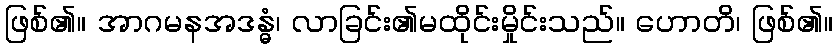
ဖြစ်၏။ အာဂမနအဒန္ဓံ၊ လာခြင်း၏မထိုင်းမှိုင်းသည်။ ဟောတိ၊ ဖြစ်၏။